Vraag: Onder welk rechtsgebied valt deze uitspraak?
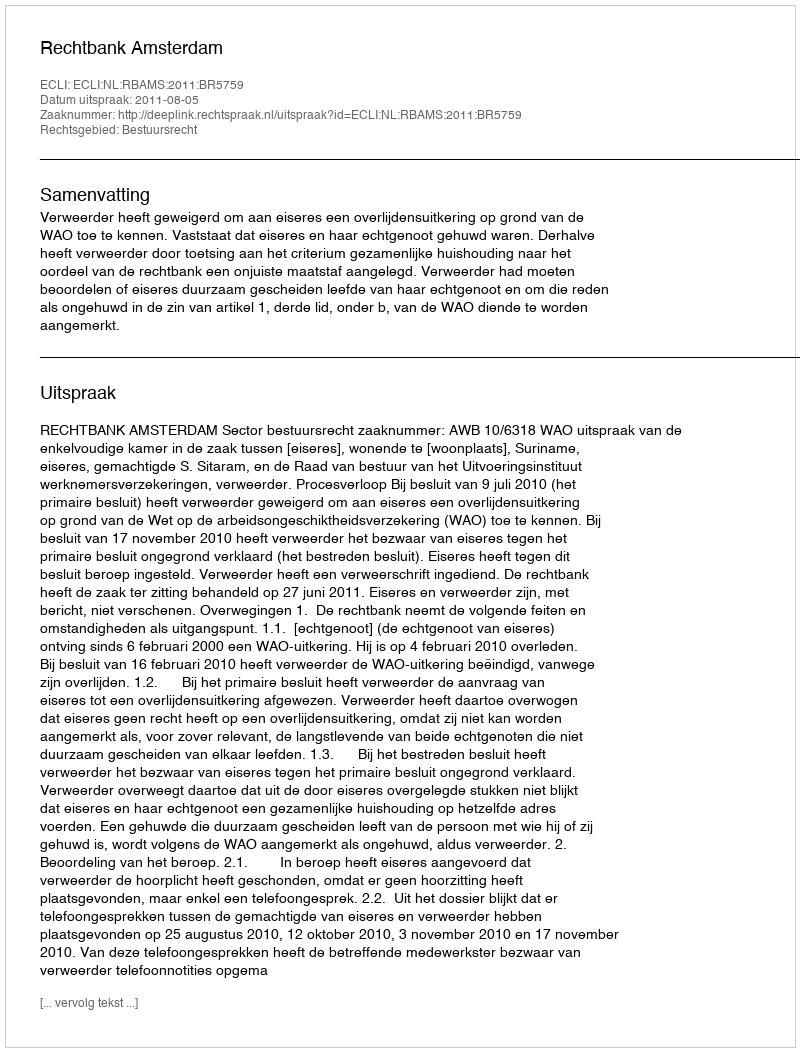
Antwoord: Bestuursrecht